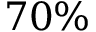
7 0 \%